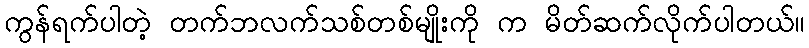
ကွန်ရက်ပါတဲ့ တက်ဘလက်သစ်တစ်မျိုးကို က မိတ်ဆက်လိုက်ပါတယ်။